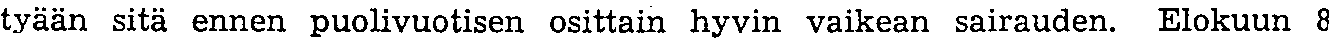
tyään sitä ennen puolivuotisen osittain hyvin vaikean sairauden. Elokuun 8